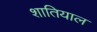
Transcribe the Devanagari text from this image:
शातियाल